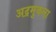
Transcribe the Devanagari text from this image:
अद्रमुकला